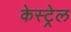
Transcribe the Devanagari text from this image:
केस्ट्रेल